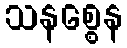
သနစ္စေန